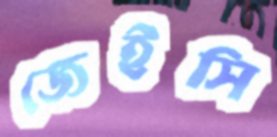
জেইসি